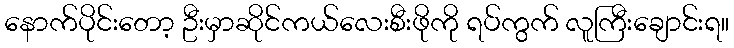
နောက်ပိုင်းတော့ ဦးမှာဆိုင်ကယ်လေးစီးဖိုကို ရပ်ကွက် လူကြီးချောင်းရ။